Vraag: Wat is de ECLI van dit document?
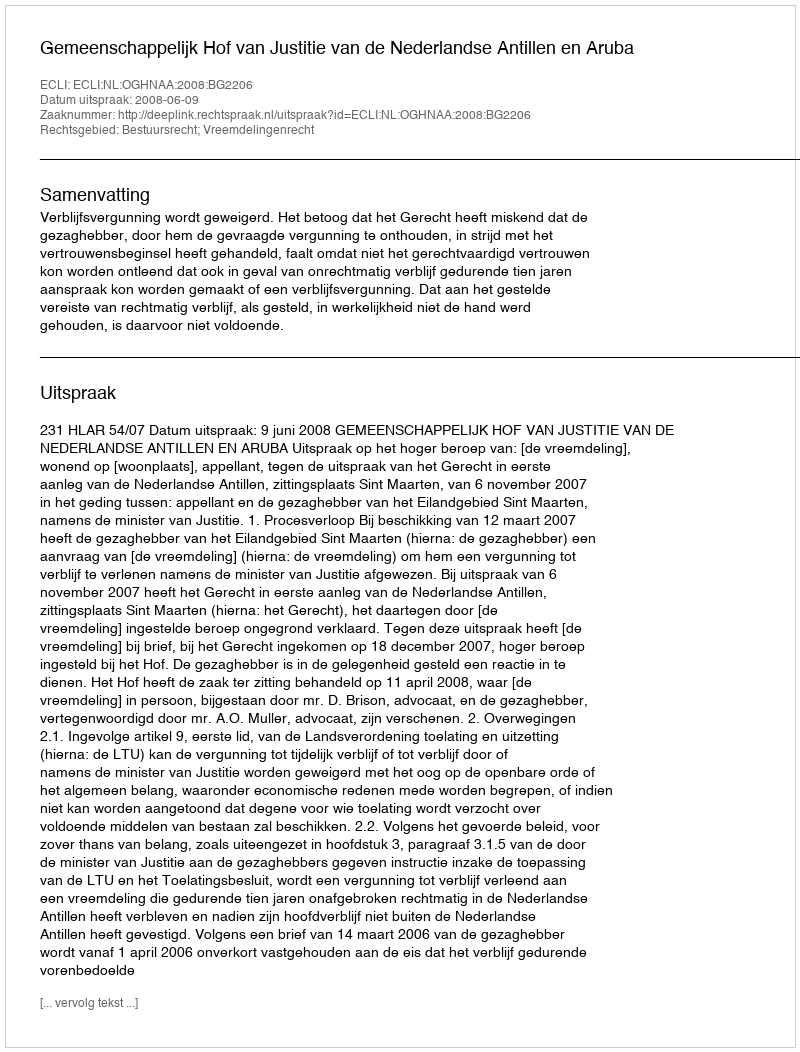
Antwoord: ECLI:NL:OGHNAA:2008:BG2206